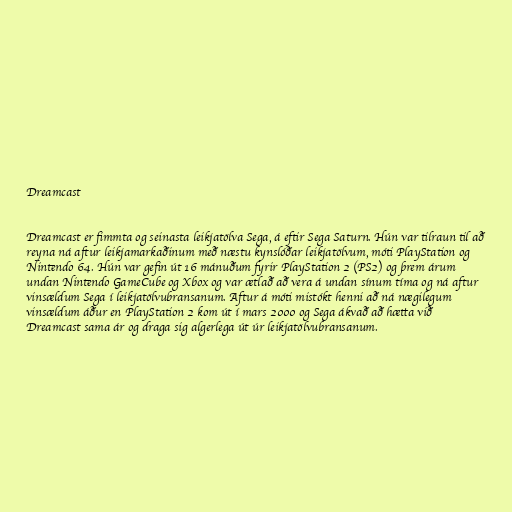
Dreamcast

Dreamcast er fimmta og seinasta leikjatölva Sega, á eftir Sega Saturn. Hún var tilraun til að
reyna ná aftur leikjamarkaðinum með næstu kynslóðar leikjatölvum, móti PlayStation og
Nintendo 64. Hún var gefin út 16 mánuðum fyrir PlayStation 2 (PS2) og þrem árum
undan Nintendo GameCube og Xbox og var ætlað að vera á undan sínum tíma og ná aftur
vinsældum Sega í leikjatölvubransanum. Aftur á móti mistókt henni að ná nægilegum
vinsældum áður en PlayStation 2 kom út í mars 2000 og Sega ákvað að hætta við
Dreamcast sama ár og draga sig algerlega út úr leikjatölvubransanum.